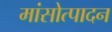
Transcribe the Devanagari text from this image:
मांसोत्पादन